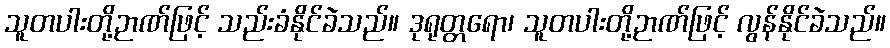
သူတပါးတို့ဉာဏ်ဖြင့် သည်းခံနိုင်ခဲသည်။ ဒုရုတ္တရော၊ သူတပါးတို့ဉာဏ်ဖြင့် လွန်နိုင်ခဲသည်။